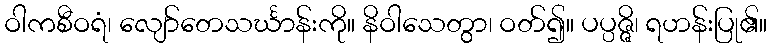
ဝါကစီဝရံ၊ လျော်တေသင်္ဃာန်းကို။ နိဝါသေတွာ၊ ဝတ်၍။ ပပ္ပဇ္ဇိ၊ ရဟန်းပြု၏။